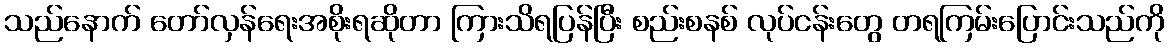
သည်နောက် တော်လှန်ရေးအစိုးရဆိုတာ ကြားသိရပြန်ပြီး စည်းစနစ် လုပ်ငန်းတွေ တရကြမ်းပြောင်းသည်ကို